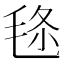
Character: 𣭬